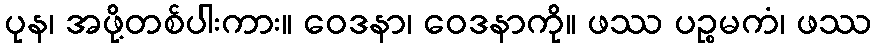
ပုန၊ အဖို့တစ်ပါးကား။ ဝေဒနာ၊ ဝေဒနာကို။ ဖဿ ပဉ္စမကံ၊ ဖဿ